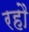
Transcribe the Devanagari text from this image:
रहौ